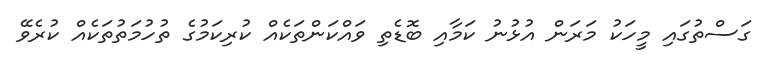
ގަސްތުގައި މީހަކު މަރަން އުޅުނު ކަމާއި ބޮޑެތި ވައްކަންތަކެއް ކުރިކަމުގެ ތުހުމަތުތަކެއް ކުރެވޭ